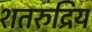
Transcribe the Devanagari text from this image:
शतरुद्रिय